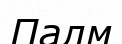
Палм